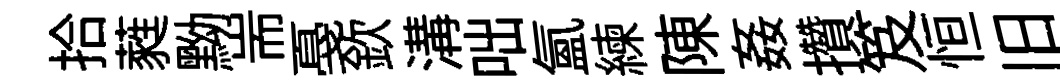
拾蕤黝耑戞欽溝咄氲練陳姦攢笈恒旧